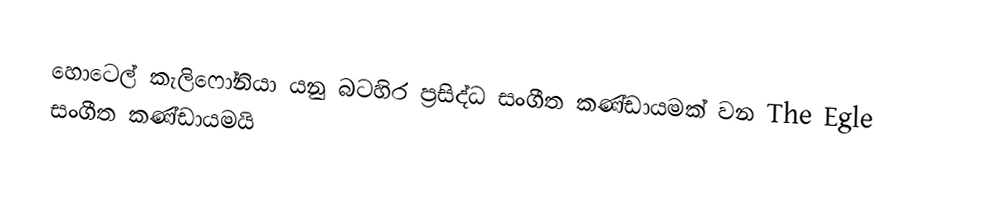
හොටෙල් කැලිෆෝනියා යනු බටහිර ප්‍රසිද්ධ සංගීත කණ්ඩායමක් වන The Egle සංගීත කණ්ඩායමයි